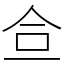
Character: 鿖